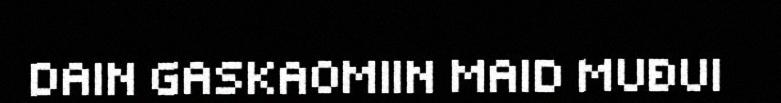
DAIN GASKAOMIIN MAID MUĐUI